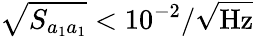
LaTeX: \sqrt{S_{a_{1}a_{1}}}<10^{-2}/\sqrt{\mathrm{Hz}}